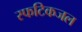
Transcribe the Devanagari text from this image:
स्फटिकजल